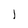
Character: l